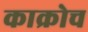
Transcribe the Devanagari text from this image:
काक्रोच